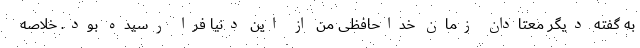
به گفته دیگر معتادان زمان خداحافظی من از این دنیا فرا رسیده بود. خلاصه